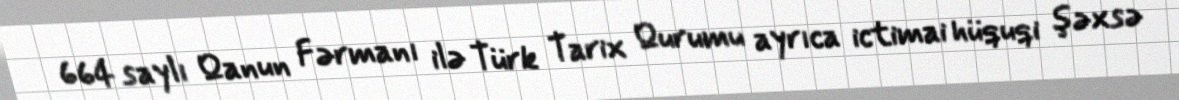
664 saylı Qanun Fərmanı ilə Türk Tarix Qurumu ayrıca ictimai hüquqi şəxsə